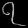
Digit: ၇